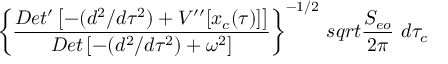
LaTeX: \left\{ { \frac { D e t ^ { \prime } \left[ - ( d ^ { 2 } / d \tau ^ { 2 } ) + V ^ { \prime \prime } [ x _ { c } ( \tau ) ] \right] } { D e t \left[ - ( d ^ { 2 } / d \tau ^ { 2 } ) + \omega ^ { 2 } \right] } } \right\} ^ { - 1 / 2 } \, s q r t { { \frac { S _ { e o } } { 2 \pi } } } \ d \tau _ { c }